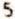
5